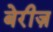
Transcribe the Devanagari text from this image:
बेरीज़